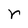
Character: r